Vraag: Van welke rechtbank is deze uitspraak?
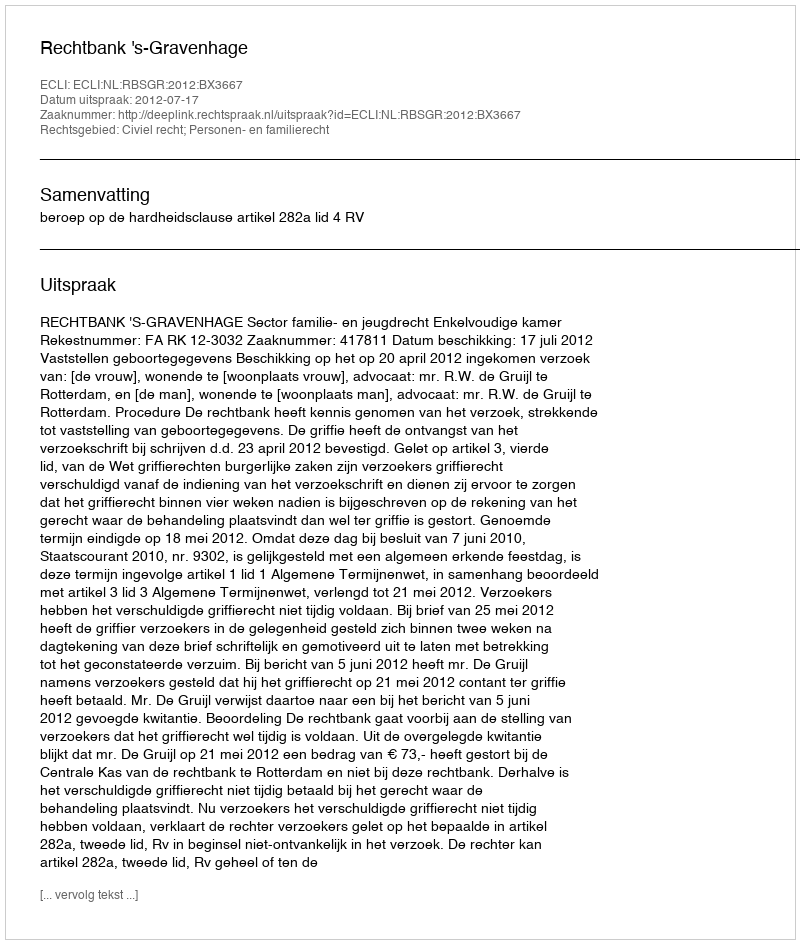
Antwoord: Rechtbank 's-Gravenhage